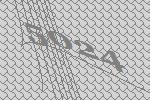
5024